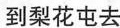
到梨花屯去